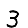
Digit: 3